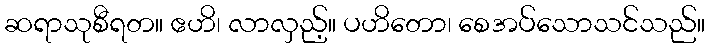
ဆရာသုစီရတ။ ဧဟိ၊ လာလှည့်။ ပဟိတော၊ စေအပ်သောသင်သည်။